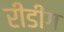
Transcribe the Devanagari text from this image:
रीडींग